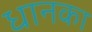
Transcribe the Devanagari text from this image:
धानका